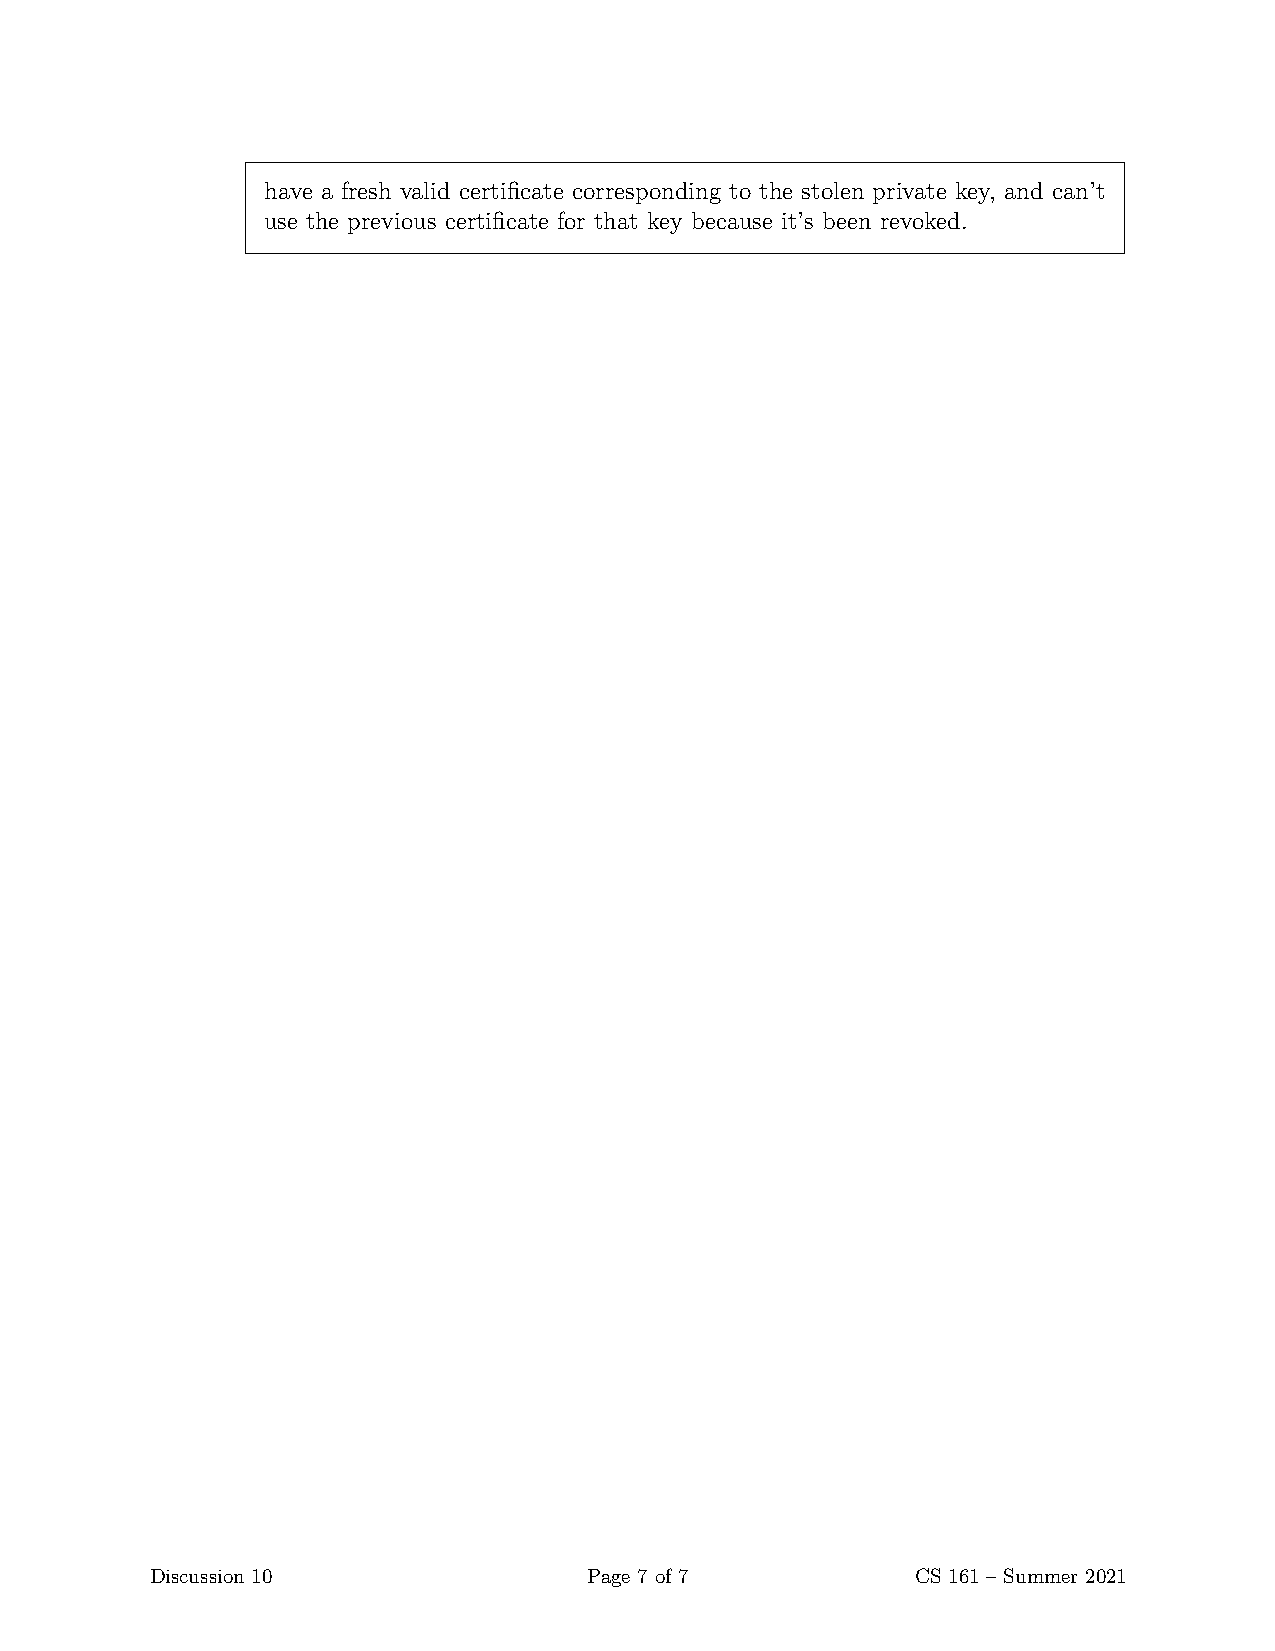
have a fresh valid certificate corresponding to the stolen private key, and can’t
 use the previous certificate for that key because it’s been revoked.
 Discussion 10                Page 7 of 7           CS 161 – Summer 2021